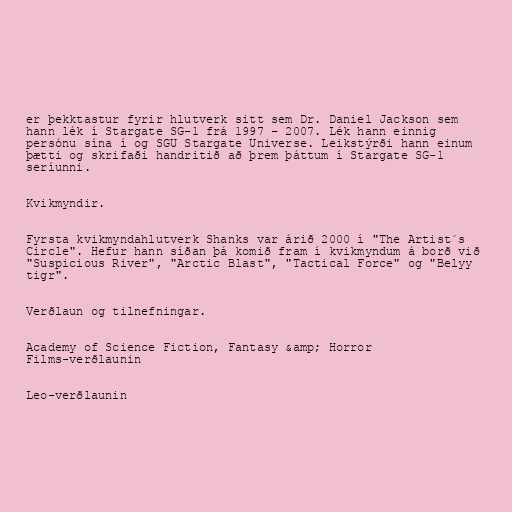
er þekktastur fyrir hlutverk sitt sem Dr. Daniel Jackson sem
hann lék í Stargate SG-1 frá 1997 – 2007. Lék hann einnig
persónu sína í og SGU Stargate Universe. Leikstýrði hann einum
þætti og skrifaði handritið að þrem þáttum í Stargate SG-1
seríunni.

Kvikmyndir.

Fyrsta kvikmyndahlutverk Shanks var árið 2000 í "The Artist´s
Circle". Hefur hann síðan þá komið fram í kvikmyndum á borð við
"Suspicious River", "Arctic Blast", "Tactical Force" og "Belyy
tigr".

Verðlaun og tilnefningar.

Academy of Science Fiction, Fantasy &amp; Horror
Films-verðlaunin

Leo-verðlaunin